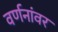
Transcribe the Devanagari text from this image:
वर्णनांवर